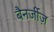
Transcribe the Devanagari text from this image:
बैनर्जीज़